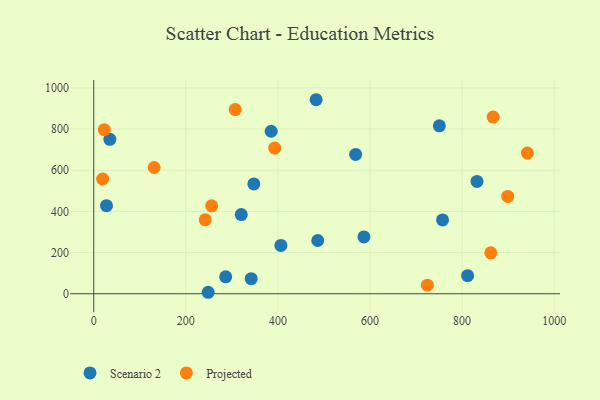
{"axis": {"x": "Experience", "y": "Rating"}, "legend": ["Projected", "Scenario 2"], "data": [{"x": "385.4", "y": 789.3, "type": "Scenario 2"}, {"x": "586.8", "y": 276.3, "type": "Scenario 2"}, {"x": "750.6", "y": 815.8, "type": "Scenario 2"}, {"x": "486.5", "y": 258.6, "type": "Scenario 2"}, {"x": "347.7", "y": 533.7, "type": "Scenario 2"}, {"x": "832.4", "y": 545.8, "type": "Scenario 2"}, {"x": "320.4", "y": 384.7, "type": "Scenario 2"}, {"x": "342.0", "y": 73.1, "type": "Scenario 2"}, {"x": "568.8", "y": 676.7, "type": "Scenario 2"}, {"x": "248.5", "y": 7.2, "type": "Scenario 2"}, {"x": "27.7", "y": 428.0, "type": "Scenario 2"}, {"x": "757.6", "y": 358.7, "type": "Scenario 2"}, {"x": "483.0", "y": 942.5, "type": "Scenario 2"}, {"x": "35.0", "y": 750.1, "type": "Scenario 2"}, {"x": "406.5", "y": 234.9, "type": "Scenario 2"}, {"x": "812.0", "y": 87.8, "type": "Scenario 2"}, {"x": "286.6", "y": 82.2, "type": "Scenario 2"}, {"x": "862.3", "y": 199.0, "type": "Projected"}, {"x": "307.3", "y": 894.7, "type": "Projected"}, {"x": "22.9", "y": 796.9, "type": "Projected"}, {"x": "867.4", "y": 858.0, "type": "Projected"}, {"x": "242.1", "y": 359.3, "type": "Projected"}, {"x": "256.1", "y": 426.9, "type": "Projected"}, {"x": "393.0", "y": 707.4, "type": "Projected"}, {"x": "899.1", "y": 472.7, "type": "Projected"}, {"x": "941.8", "y": 683.2, "type": "Projected"}, {"x": "131.2", "y": 613.4, "type": "Projected"}, {"x": "724.6", "y": 41.9, "type": "Projected"}, {"x": "19.3", "y": 557.4, "type": "Projected"}]}